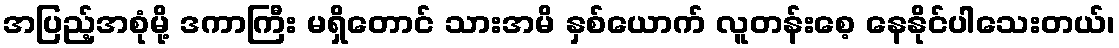
အပြည့်အစုံမို့ ဒကာကြီး မရှိတောင် သားအမိ နှစ်ယောက် လူတန်းစေ့ နေနိုင်ပါသေးတယ်၊